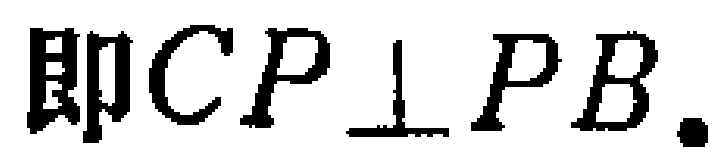
即$CP\perp PB$.